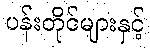
ပန်းတိုင်များနှင့်